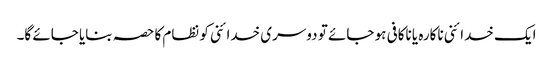
ایک خدائنی ناکارہ یا ناکافی ہو جائے تو دوسری خدائنی کو نظام کا حصہ بنایا جائے گا۔